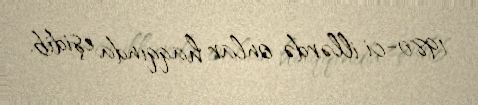
1980-ci illərdə onlar haqqında eşidib.